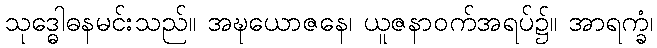
သုဒ္ဓေါဓနမင်းသည်။ အဍ္ဎယောဇနေ၊ ယူဇနာဝက်အရပ်၌။ အာရက္ခံ၊